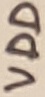
Text: VDD